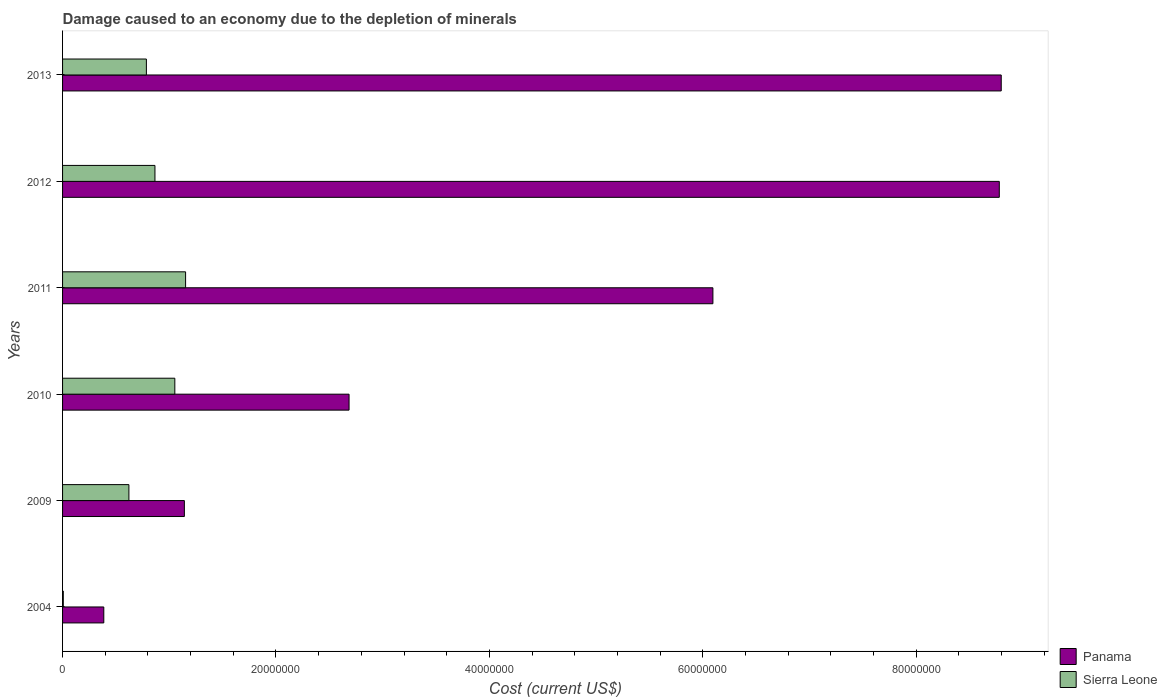
| Years | Panama | Sierra Leone |
 | --- | --- | --- |
 | 2004 | 3.86e+06 | 6.8e+04 |
 | 2009 | 1.14e+07 | 6.22e+06 |
 | 2010 | 2.69e+07 | 1.05e+07 |
 | 2011 | 6.1e+07 | 1.15e+07 |
 | 2012 | 8.78e+07 | 8.66e+06 |
 | 2013 | 8.8e+07 | 7.86e+06 |